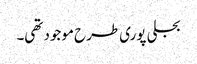
بجلی پوری طرح موجود تھی۔